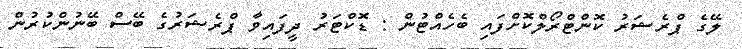
ލޭގެ ޕްރެޝަރު ކޮންޓްރޯލްކޮށްފައި ބެހެއްޓުން : ޑޮކްޓަރު ދީފައިވާ ޕްރެޝަރުގެ ބޭސް ބޭނުންކުރުން